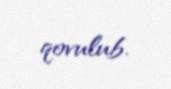
qovulub.